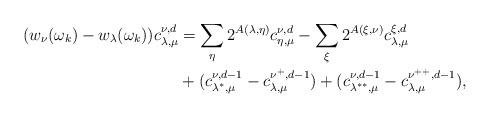
LaTeX: \begin{align*} (w_\nu(\omega_k) - w_\lambda(\omega_k))c_{\lambda,\mu}^{\nu,d} & = \sum_\eta 2^{A(\lambda, \eta)} c_{\eta, \mu}^{\nu,d} - \sum_\xi 2^{A(\xi, \nu)}c_{\lambda, \mu}^{\xi,d} \\ & + (c_{\lambda^*, \mu}^{\nu, d-1} - c_{\lambda, \mu}^{\nu^+, d-1}) + (c_{\lambda^{**}, \mu}^{\nu, d-1} - c_{\lambda, \mu}^{\nu^{++}, d-1}) \/, \end{align*}